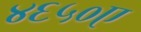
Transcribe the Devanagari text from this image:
४६५०ए